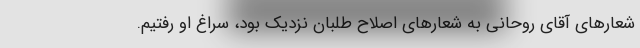
شعارهای آقای روحانی به شعارهای اصلاح طلبان نزدیک بود، سراغ او رفتیم.